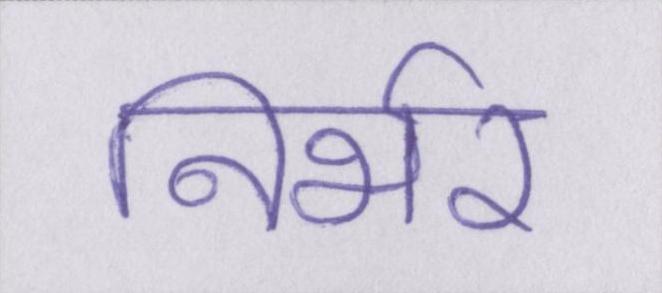
निर्भर